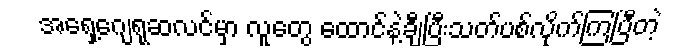
အရှေ့ဂျေရုဆလင်မှာ လူတွေ ထောင်နဲ့ချီပြီးသတ်ပစ်လိုက်ကြပြီတဲ့